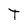
Character: t